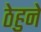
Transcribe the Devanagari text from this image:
ठेहुने